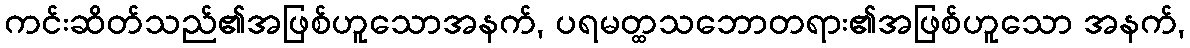
ကင်းဆိတ်သည်၏အဖြစ်ဟူသောအနက်, ပရမတ္ထသဘောတရား၏အဖြစ်ဟူသော အနက်,